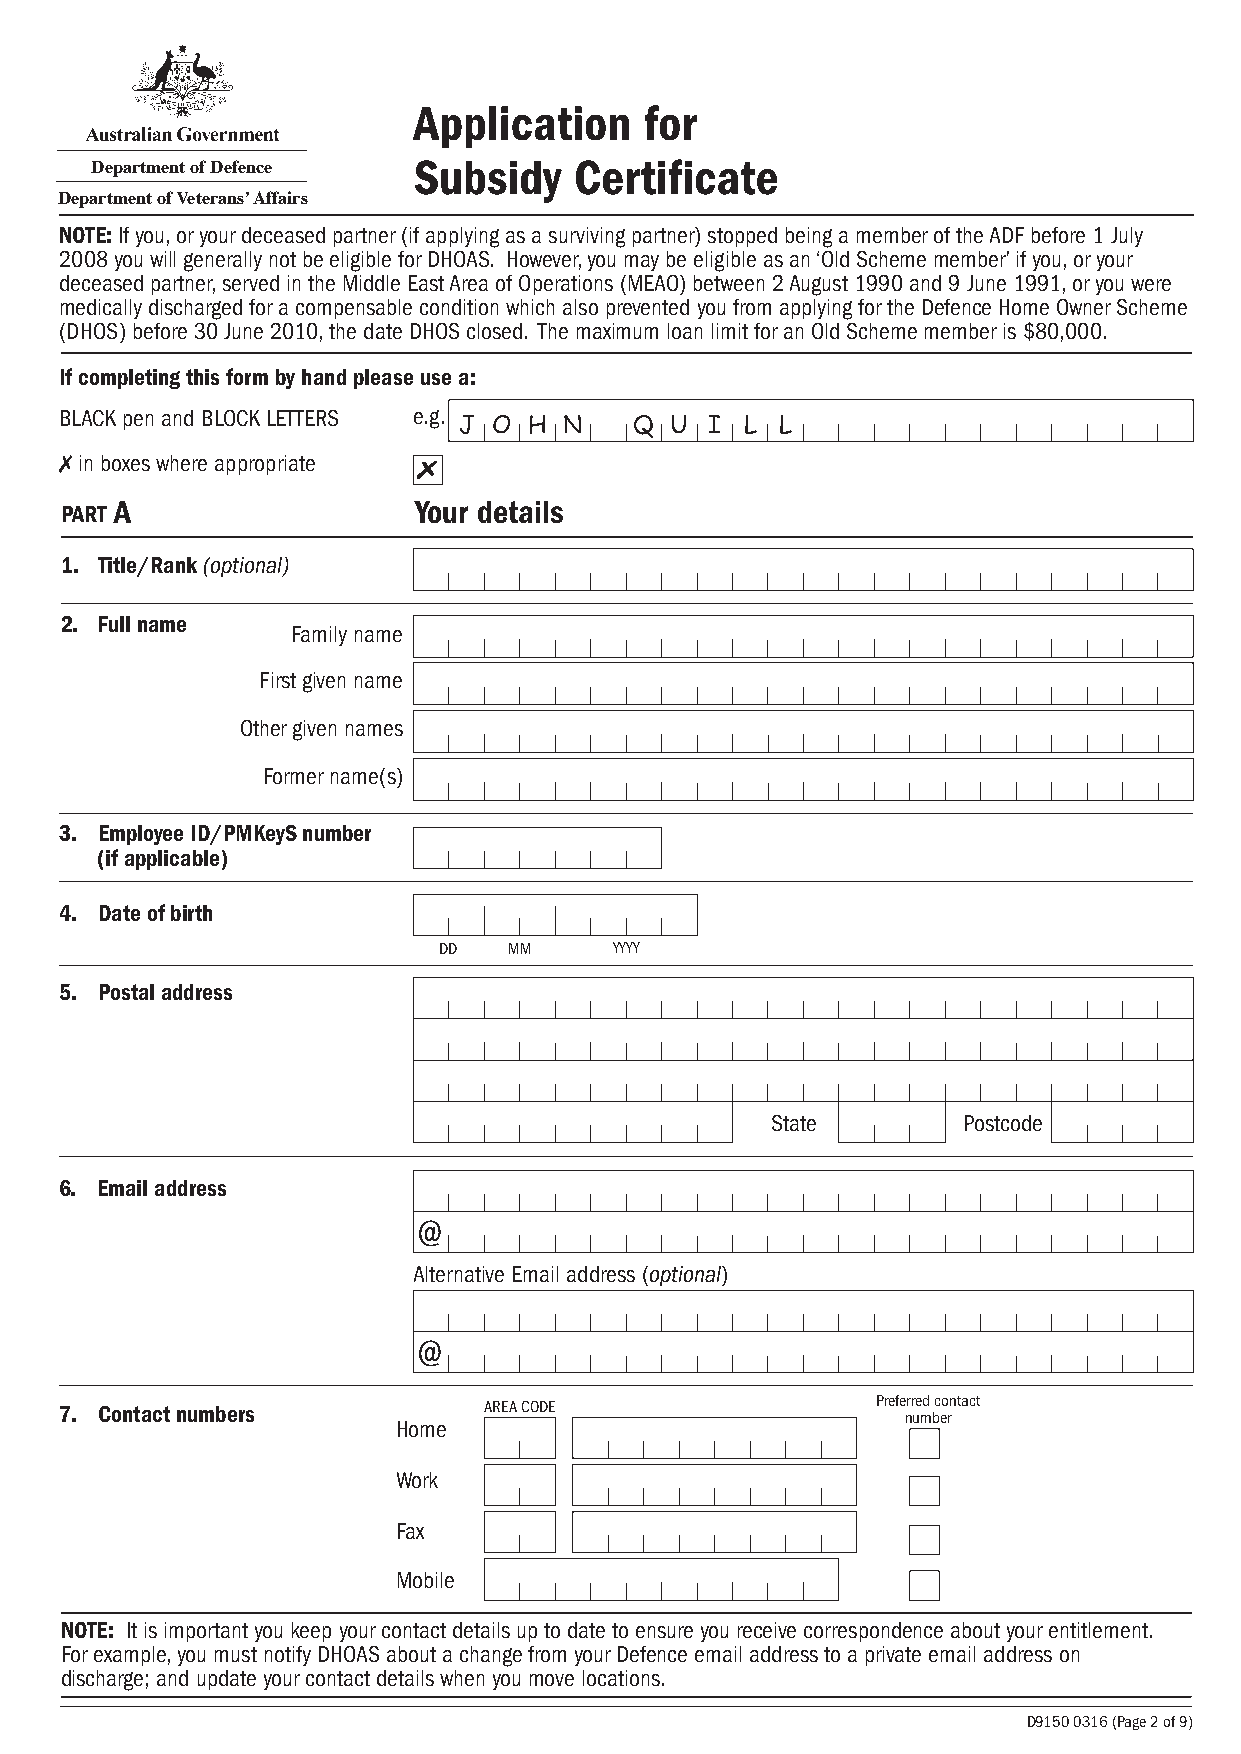
Application     for
 Department of Defence Subsidy   Certificate
 Department of Veterans’ Affairs
 NOTE: If you, or your deceased partner (if applying as a surviving partner) stopped being a member of the ADF before 1 July
 2008 you will generally not be eligible for DHOAS. However, you may be eligible as an ‘Old Scheme member’ if you, or your
 deceased partner, served in the Middle East Area of Operations (MEAO) between 2 August 1990 and 9 June 1991, or you were
 medically discharged for a compensable condition which also prevented you from applying for the Defence Home Owner Scheme
 (DHOS) before 30 June 2010, the date DHOS closed. The maximum loan limit for an Old Scheme member is $80,000.
 If completing this form by hand please use a:
 BLACK pen and BLOCK LETTERS e.g.
 J  O H N    Q U  I L  L
 ✗ in boxes where appropriate
 PART
 A                  Your details
 1. Title/Rank (optional)
 2. Full name
 Family name
 First given name
 Other given names
 Former name(s)
 3. Employee ID/PMKeyS number
 (if applicable)
 4. Date of birth
 DD   MM     YYYY
 5. Postal address
 State        Postcode
 6. Email address
 @
 Alternative Email address (optional)
 @
 7. Contact numbers          AREA CODE                 Prefe nrr ue md bc eo rntact
 Home
 Work
 Fax
 Mobile
 NOTE: It is important you keep your contact details up to date to ensure you receive correspondence about your entitlement.
 For example, you must notify DHOAS about a change from your Defence email address to a private email address on
 discharge; and update your contact details when you move locations.
 D9150 0316 (Page 2 of 9)